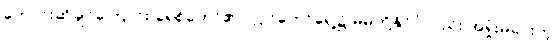
တောင်းဆိုချင်ကြောင်း ခရစ်တော်၏ပလ္လင်တော်ရှေ့၌ မိမိတို့နိုင်ငံလည်း အရှုံးမပေးတဲ့